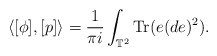
\begin{align*}\langle [\phi], [p] \rangle = \dfrac{1}{\pi i} \int_{\mathbb{T}^{2}} \operatorname{Tr}(e(de)^{2}).\end{align*}